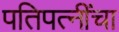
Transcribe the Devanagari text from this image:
पतिपत्‍नींचा